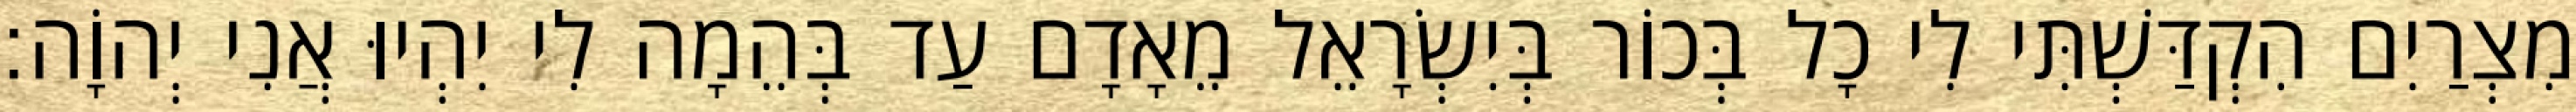
מִצְרַיִם הִקְדַּשְׁתִּי לִי כָל בְּכוֹר בְּיִשְׂרָאֵל מֵאָדָם עַד בְּהֵמָה לִי יִהְיוּ אֲנִי יְהוָֹה׃